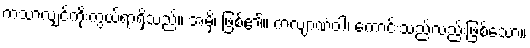
ကံသာလျှင်ကိုးကွယ်ရာရှိသည်။ အမှိ၊ ဖြစ်၏။ ကလျာဏံဝါ၊ ကောင်းသည်လည်းဖြစ်သော။